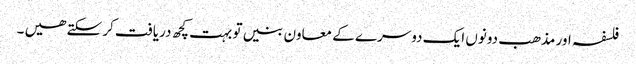
فلسفہ اور مذھب دونوں ایک دوسرے کے معاون بنیں تو بہت کچھ دریافت کر سکتے ھیں ۔